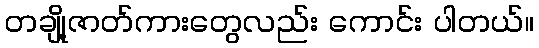
တချို့ဇာတ်ကားတွေလည်း ကောင်း ပါတယ်။